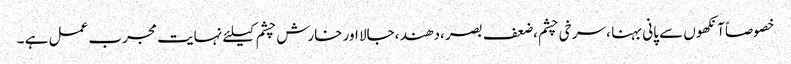
خصوصاًآنکھوں سے پانی بہنا ، سرخی چشم ،ضعف بصر ،دھند ،جالا اور خارش چشم کیلئے نہایت مجرب عمل ہے ۔